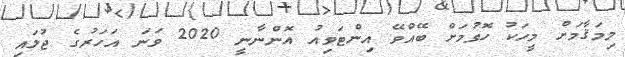
މިމަޤާމަށް މީހަކު ހޮވުމަށް ބޭއްވޭ އިންޓަވިއު އޮންނާނީ 2020 ވަނަ އަހަރުގެ ޖުލައި